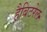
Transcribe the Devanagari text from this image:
हैबिटरेल